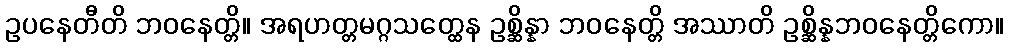
ဥပနေတီတိ ဘဝနေတ္တိ။ အရဟတ္တမဂ္ဂသတ္ထေန ဥစ္ဆိန္နာ ဘဝနေတ္တိ အဿာတိ ဥစ္ဆိန္နဘဝနေတ္တိကော။